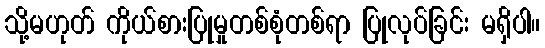
သို့မဟုတ် ကိုယ်စားပြုမှုတစ်စုံတစ်ရာ ပြုလုပ်ခြင်း မရှိပါ။